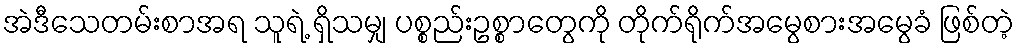
အဲဒီသေတမ်းစာအရ သူရဲ့ ရှိသမျှ ပစ္စည်းဥစ္စာတွေကို တိုက်ရိုက်အမွေစားအမွေခံ ဖြစ်တဲ့